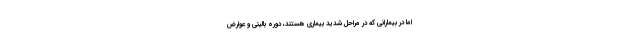
اما در بیمارانی که در مراحل شدید بیماری هستند، دوره بالینی و عوارض